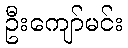
ဦးကျော်မင်း